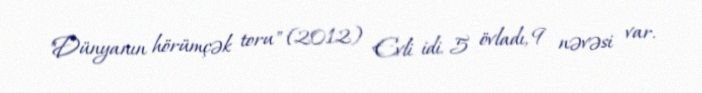
"Dünyanın hörümçək toru" (2012) Evli idi. 5 övladı, 9 nəvəsi var.